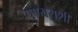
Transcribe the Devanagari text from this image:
पुण्यराशी